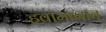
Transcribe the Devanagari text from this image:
हवामानात्